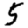
Digit: 5